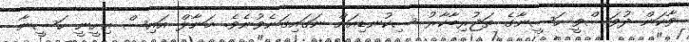
ވާކަން ދުވަސްވީ ހަސީނާގެ ތަޖުރިބާކާރު ސިކުނޑިއަށް ނަގައިގަނެވުނެވެ. މަނާލް އައިސް އިށީނީ ހަސީނާ